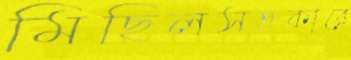
মিছিলসহকারে